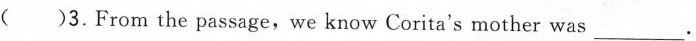
( 3.From the passage,we know Corita's mother was___.